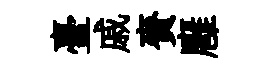
臺戚賚廱